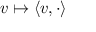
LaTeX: v \mapsto \langle v , \cdot \rangle